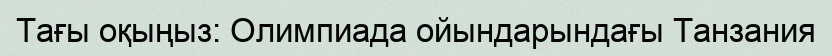
Тағы оқыңыз: Олимпиада ойындарындағы Танзания